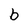
Character: b